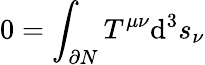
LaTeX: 0=\int_{\partial N}T^{\mu\nu}\mathrm{d}^{3}s_{\nu}